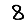
Digit: 8